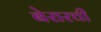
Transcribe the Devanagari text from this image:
बेरारची